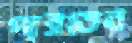
পারতেন